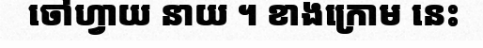
ចៅហ្វាយ នាយ ។ ខាងក្រោម នេះ